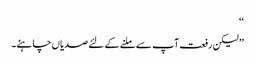
‘‘
’’لیکن رفعت آپ سے ملنے کے لئے صدیاں چاہئے۔